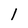
Character: l